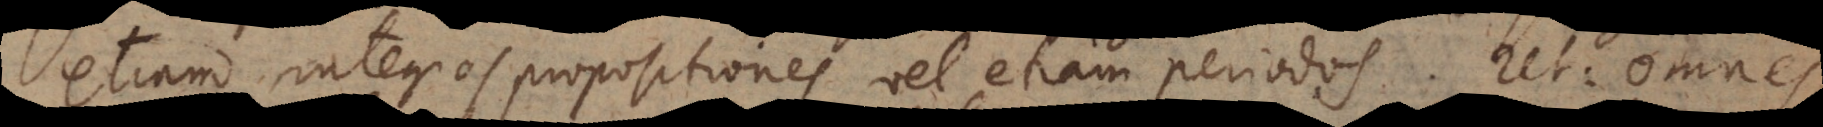
etiam integras propositiones vel etiam periodos. Ut: omnes